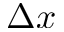
\Delta x